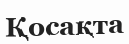
Қосақта